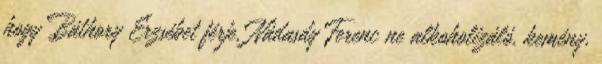
hogy Báthory Erzsébet férje, Nádasdy Ferenc ne alkoholizáló, kemény,